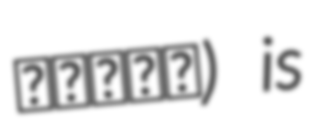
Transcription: کنگنا) is